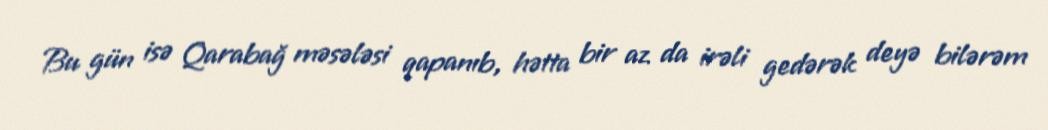
Bu gün isə Qarabağ məsələsi qapanıb, hətta bir az da irəli gedərək deyə bilərəm